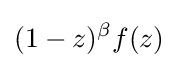
(1-z)^{\beta }f(z)